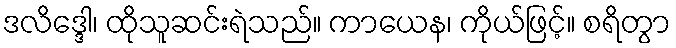
ဒလိဒ္ဒေါ၊ ထိုသူဆင်းရဲသည်။ ကာယေန၊ ကိုယ်ဖြင့်။ စရိတွာ